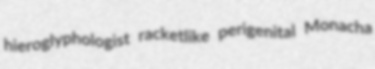
hieroglyphologist racketlike perigenital Monacha